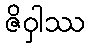
ဇိဝှါဿ